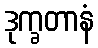
ဒုက္ခတာနံ